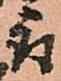
取